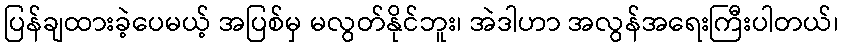
ပြန်ချထားခဲ့ပေမယ့် အပြစ်မှ မလွတ်နိုင်ဘူး၊ အဲဒါဟာ အလွန်အရေးကြီးပါတယ်၊